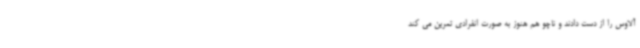
آلاوس را از دست دادند و ناچو هم هنوز به صورت انفرادی تمرین می کند